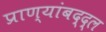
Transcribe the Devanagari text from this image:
प्राण्यांबद्द्ल